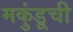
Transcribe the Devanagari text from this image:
मकुंडूची